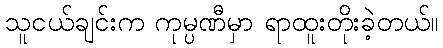
သူငယ်ချင်းက ကုမ္ပဏီမှာ ရာထူးတိုးခဲ့တယ်။